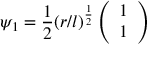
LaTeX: \psi _ { 1 } = \frac { 1 } { 2 } ( r / l ) ^ { \frac { 1 } { 2 } } \left( \begin{array} { c } { { 1 } } \\ { { 1 } } \end{array} \right)